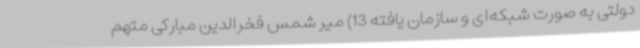
دولتی به صورت شبکه‌ای و سازمان یافته 13) میر شمس فخرالدین مبارکی متهم